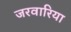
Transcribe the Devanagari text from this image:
जरवारिया